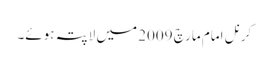
کرنل امام مارچ 2009 میں لاپتہ ہوئے۔